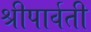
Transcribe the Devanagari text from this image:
श्रीपार्वती